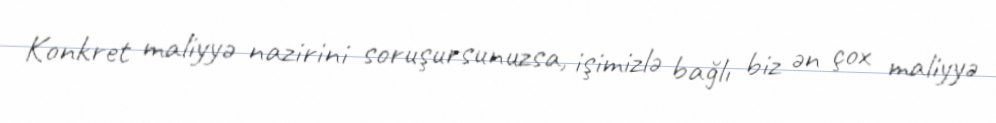
Konkret maliyyə nazirini soruşursunuzsa, işimizlə bağlı biz ən çox maliyyə